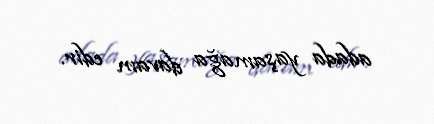
adada yaşamağa davam edir.